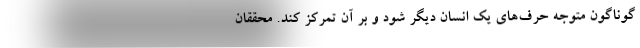
گوناگون متوجه حرف‌های یک انسان دیگر شود و بر آن تمرکز کند. محققان